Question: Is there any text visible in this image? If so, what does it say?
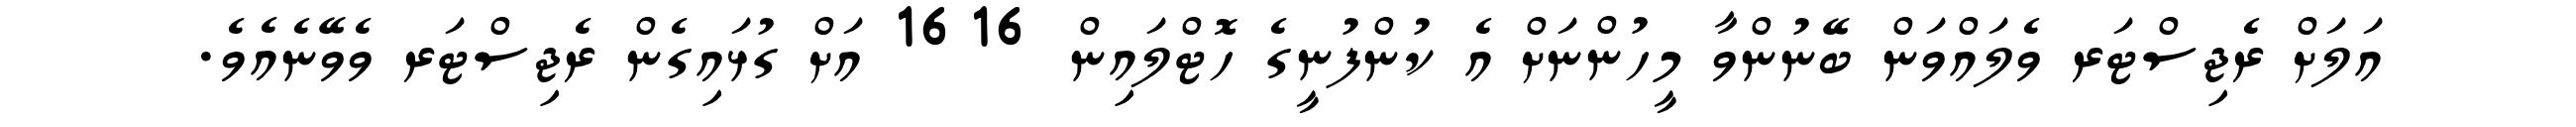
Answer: އަލަށް ރެޖިސްޓަރ ވެލައްވަން ބޭނުންވާ މީހުންނަށް އެ ކުންފުނީގެ ހޮޓްލައިން 1616 އަށް ގުޅައިގެން ރެޖިސްޓަރ ވެވޭނެއެވެ.